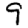
Digit: 9